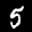
Label: 5